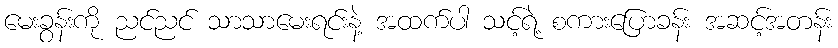
မေးခွန်းကို ညင်ညင် သာသာမေးရင်းနဲ့ အထက်ပါ သင့်ရဲ့ စကားပြောခန်း အဆင့်အတန်း